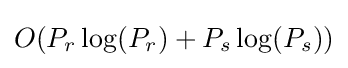
O(P_{r}\log(P_{r})+P_{s}\log(P_{s}))